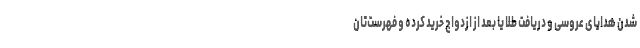
شدن هدایای عروسی و دریافت طلا یا بعد از ازدواج خرید کرده و فهرست‌تان